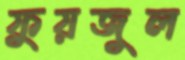
ফুয়জুল